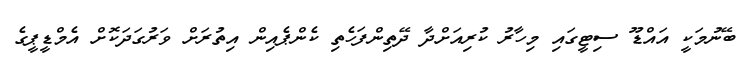
ބޭނުމަކީ އައްޑޫ ސިޓީގައި މިހާރު ކުރިއަށްދާ ދޭތިންފަހެތި ކެންޕެއިން އިތުރަށް ވަރުގަދަކޮށް އެމްޑީޕީގެ